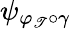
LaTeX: \psi_{\varphi_{\mathscr{T}}\circ\gamma}